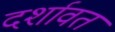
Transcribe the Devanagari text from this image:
दर्शावत